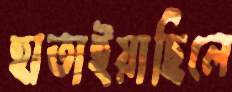
হাতাইয়াছিলে